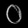
Digit: ၀